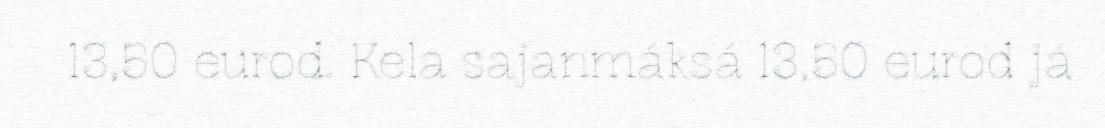
13,50 eurod. Kela sajanmáksá 13,50 eurod já